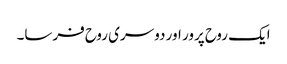
ایک روح پرور اور دوسری روح فرسا۔